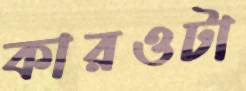
কারওটা